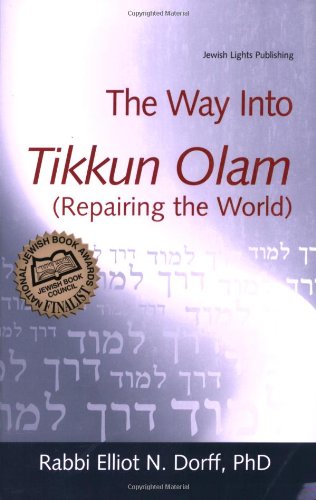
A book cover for The Way Into Tikkun Olam (Repairing the World); Rabbi Elliot N. Dorff PhD; Religion & Spirituality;